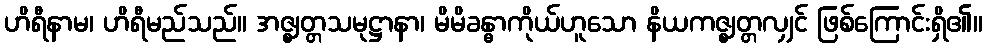
ဟိရီနာမ၊ ဟိရီမည်သည်။ အဇ္ဈတ္တသမုဋ္ဌာနာ၊ မိမိခန္ဓာကိုယ်ဟူသော နိယကဇ္ဈတ္တလျှင် ဖြစ်ကြောင်းရှိ၏။